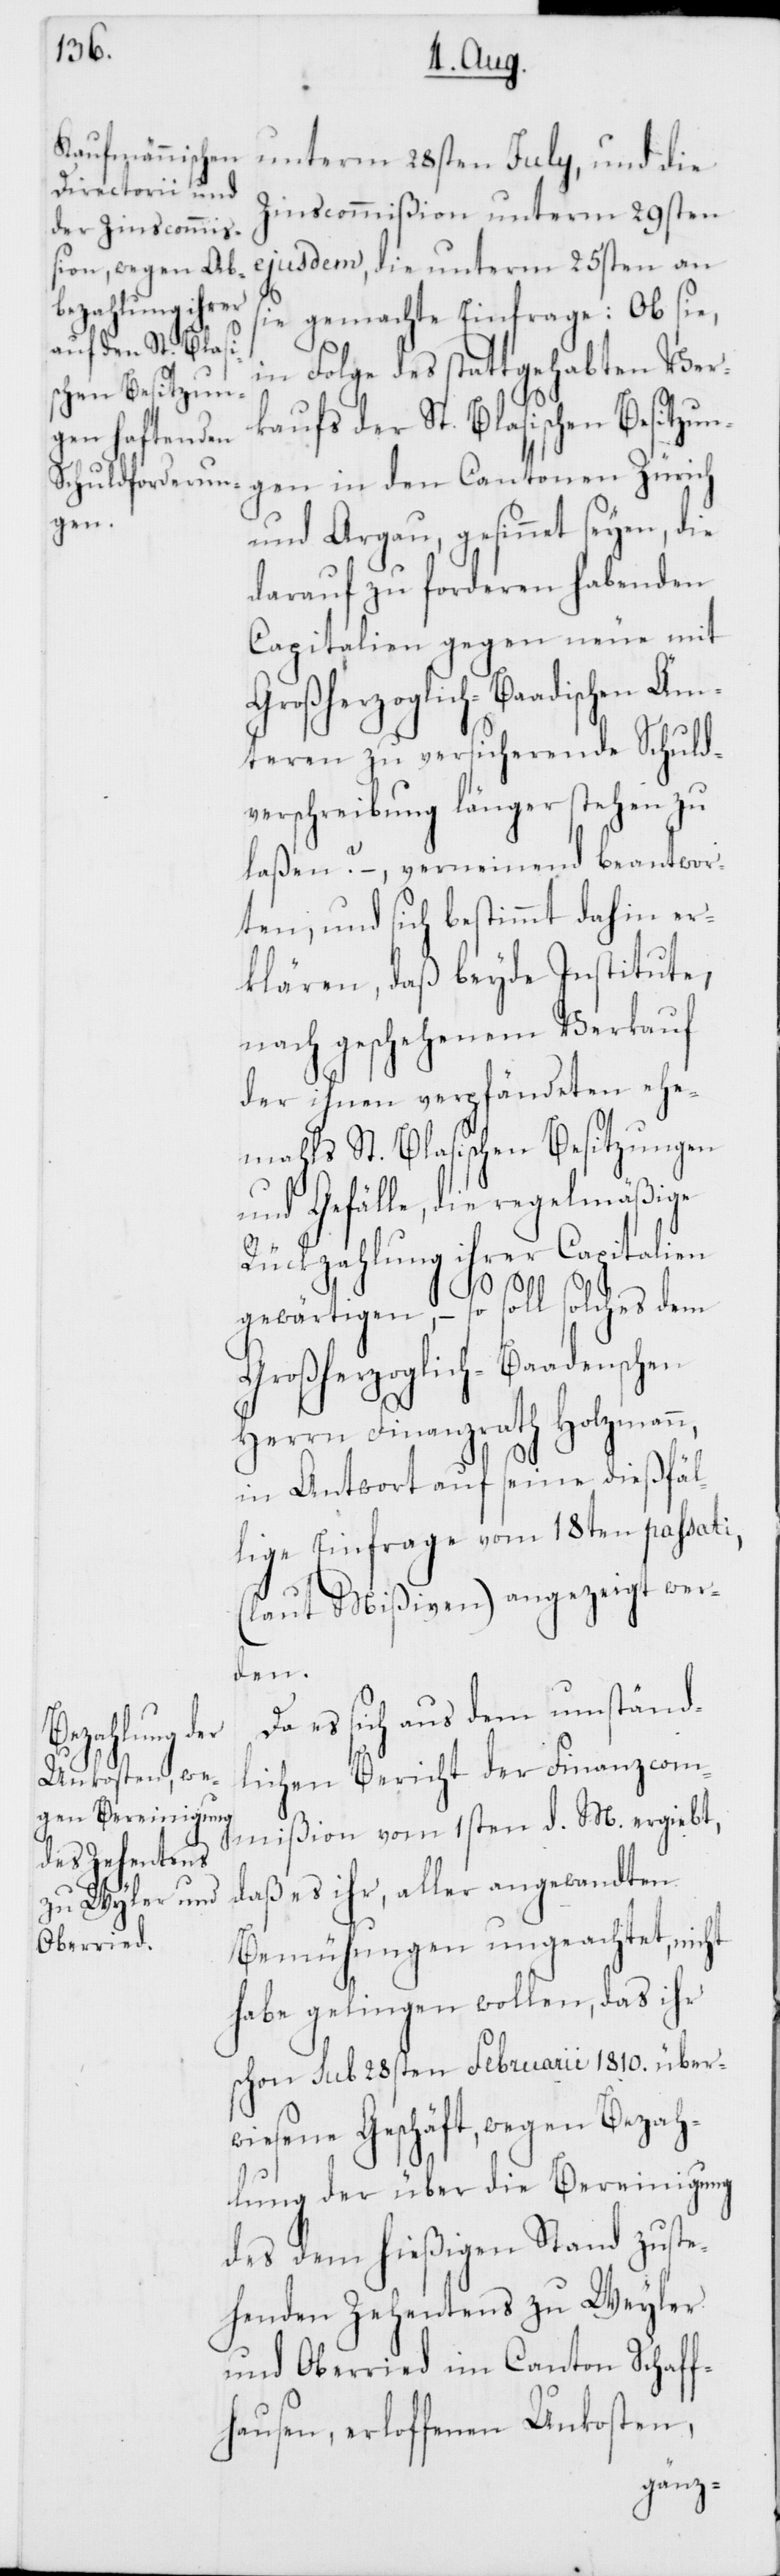
unterm 28sten Julii und die
Zinscommißion unterm 29sten
ejusdem die unterm 25sten an
sie gemachte Einfrage: Ob sie,
in Folge des stattgehabten Ver¬
kaufs der St. Blasischen Besitzun¬
gen in den Cantonen Zürich
und Argau, gesinnet seyen, die
darauf zu forderen habenden
Capitalien, gegen neue mit
Ämteren zu versicherende Schuld¬
verschreibung länger stehen zu
laßen? –, verneinend beantwor¬
ten, und sich bestimmt dahin er¬
klären, daß beyde Institute,
nach geschehenem Verkauf
der ihnen verpfändeten ehe¬
mahls St. Blasischen Besitzungen
und Gefälle, die regelmäßige
Rückzahlung ihrer Capitalien
gewärtigen, – so soll solches dem
Großherzoglich-Baadenschen
Herrn Finanzrath Holzmann,
in Antwort auf seine dießfäl¬
lige Einfrage vom 18ten passati,
(laut Mißiven) angezeigt wer¬
den.
Da es sich aus dem umständ¬
lichen Bericht der Finanzcom¬
mißion vom 1sten d. M. ergiebt,
daß es ihr, aller angewandten
Bemühungen ungeachtet, nicht
habe gelingen wollen, das ihr
schon sub 28sten Februarii 1810. über¬
wiesene Geschäft, wegen Bezah¬
lung der über die Bereinigung
des dem hießigen Stand zuste¬
henden Zehentens zu Weyler
und Oberried im Canton Schaff¬
hausen, erloffenen Unkosten,